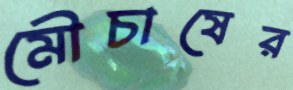
মৌচাষের